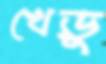
খেড়ু